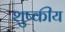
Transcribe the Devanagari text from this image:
शुष्कीय